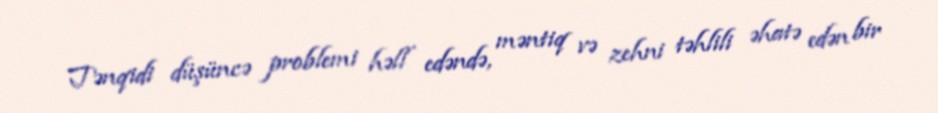
Tənqidi düşüncə problemi həll edəndə, məntiq və zehni təhlili əhatə edən bir